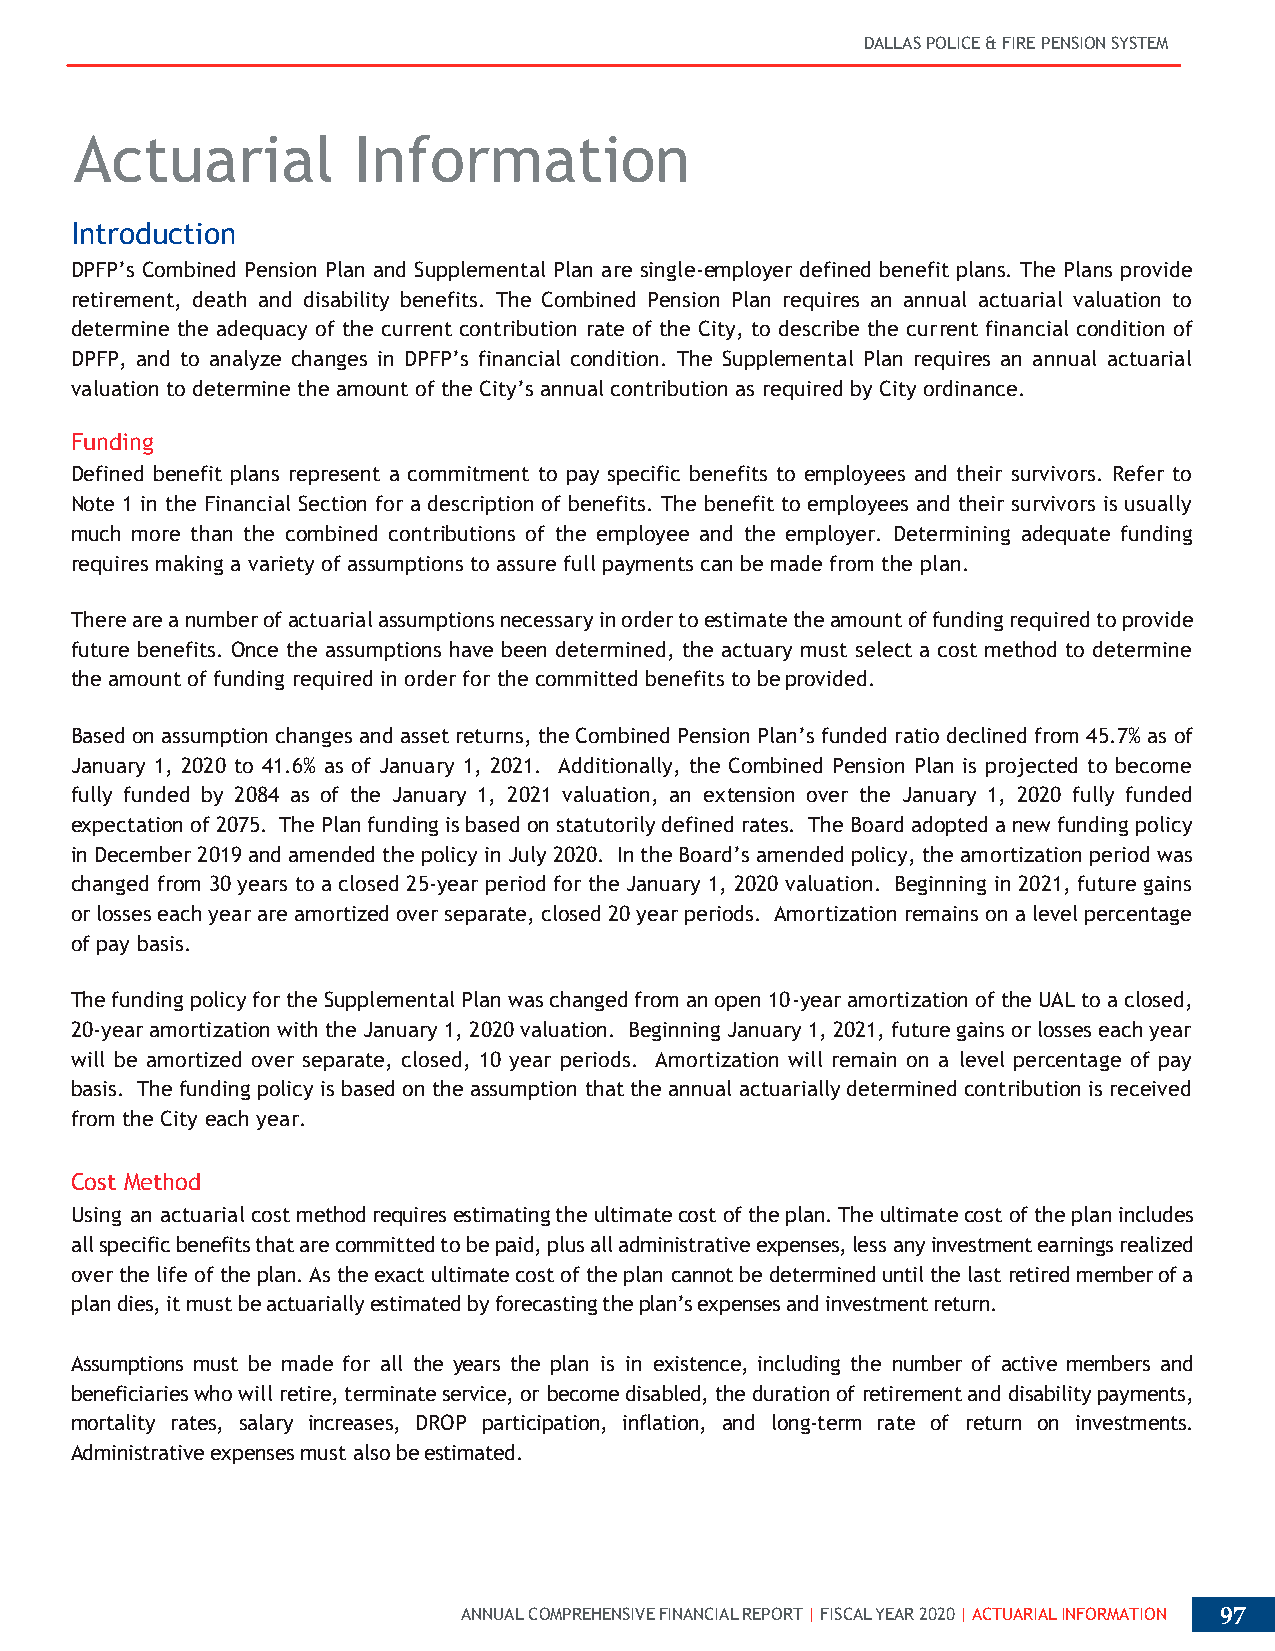
DALLAS POLICE & FIRE PENSION SYSTEM
 Actuarial         Information
 Introduction
 DPFP’s Combined Pension Plan and Supplemental Plan are single-employer defined benefit plans. The Plans provide
 retirement, death and disability benefits. The Combined Pension Plan requires an annual actuarial valuation to
 determine the adequacy of the current contribution rate of the City, to describe the current financial condition of
 DPFP, and to analyze changes in DPFP’s financial condition. The Supplemental Plan requires an annual actuarial
 valuation to determine the amount of the City’s annual contribution as required by City ordinance.
 Funding
 Defined benefit plans represent a commitment to pay specific benefits to employees and their survivors. Refer to
 Note 1 in the Financial Section for a description of benefits. The benefit to employees and their survivors is usually
 much more than the combined contributions of the employee and the employer. Determining adequate funding
 requires making a variety of assumptions to assure full payments can be made from the plan.
 There are a number of actuarial assumptions necessary in order to estimate the amount of funding required to provide
 future benefits. Once the assumptions have been determined, the actuary must select a cost method to determine
 the amount of funding required in order for the committed benefits to be provided.
 Based on assumption changes and asset returns, the Combined Pension Plan’s funded ratio declined from 45.7% as of
 January 1, 2020 to 41.6% as of January 1, 2021. Additionally, the Combined Pension Plan is projected to become
 fully funded by 2084 as of the January 1, 2021 valuation, an extension over the January 1, 2020 fully funded
 expectation of 2075. The Plan funding is based on statutorily defined rates. The Board adopted a new funding policy
 in December 2019 and amended the policy in July 2020. In the Board’s amended policy, the amortization period was
 changed from 30 years to a closed 25-year period for the January 1, 2020 valuation. Beginning in 2021, future gains
 or losses each year are amortized over separate, closed 20 year periods. Amortization remains on a level percentage
 of pay basis.
 The funding policy for the Supplemental Plan was changed from an open 10-year amortization of the UAL to a closed,
 20-year amortization with the January 1, 2020 valuation. Beginning January 1, 2021, future gains or losses each year
 will be amortized over separate, closed, 10 year periods. Amortization will remain on a level percentage of pay
 basis. The funding policy is based on the assumption that the annual actuarially determined contribution is received
 from the City each year.
 Cost Method
 Using an actuarial cost method requires estimating the ultimate cost of the plan. The ultimate cost of the plan includes
 all specific benefits that are committed to be paid, plus all administrative expenses, less any investment earnings realized
 over the life of the plan. As the exact ultimate cost of the plan cannot be determined until the last retired member of a
 plan dies, it must be actuarially estimated by forecasting the plan’s expenses and investment return.
 Assumptions must be made for all the years the plan is in existence, including the number of active members and
 beneficiaries who will retire, terminate service, or become disabled, the duration of retirement and disability payments,
 mortality rates, salary increases, DROP participation, inflation, and long-term rate of return on investments.
 Administrative expenses must also be estimated.
 ANNUAL COMPREHENSIVE FINANCIAL REPORT | FISCAL YEAR 2020 | ACTUARIAL INFORMATION 97